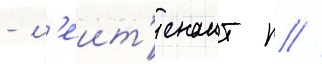
- л'еит'енант п //